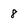
Character: 8